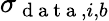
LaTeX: \sigma_{\mathrm{~d~a~t~a~},i,b}